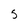
Character: 5